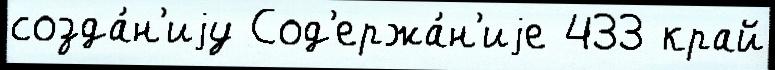
созда́н'иjу Сод'ержа́н'иjе 433 край